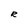
Character: R